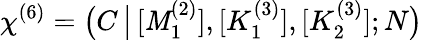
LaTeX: \chi^{(6)}=\big(C\, \big|\, [\mathit{M}_{1}^{(2)}],[K_{1}^{(3)}],[K_{2}^{(3)}];N\big)